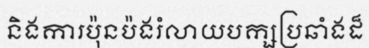
និងការប៉ុនប៉ងរំលាយបក្សប្រឆាំងដ៏